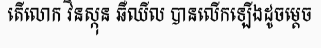
តើលោក វិនស្កុន ឆឺឈីល បានលើកឡើងដូចម្តេច